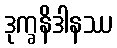
ဒုက္ခနိဒါနဿ